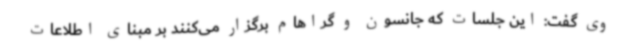
وی گفت: این جلسات که جانسون و گراهام برگزار می‌کنند بر مبنای اطلاعات